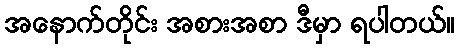
အနောက်တိုင်း အစားအစာ ဒီမှာ ရပါတယ်။